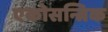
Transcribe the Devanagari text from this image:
एकोसन्त्रिक